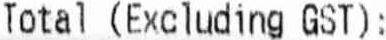
TOTAL (EXCLUDING GST):